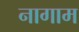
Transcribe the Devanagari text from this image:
नागाम